Report of the veterinary officer investigating camel disease
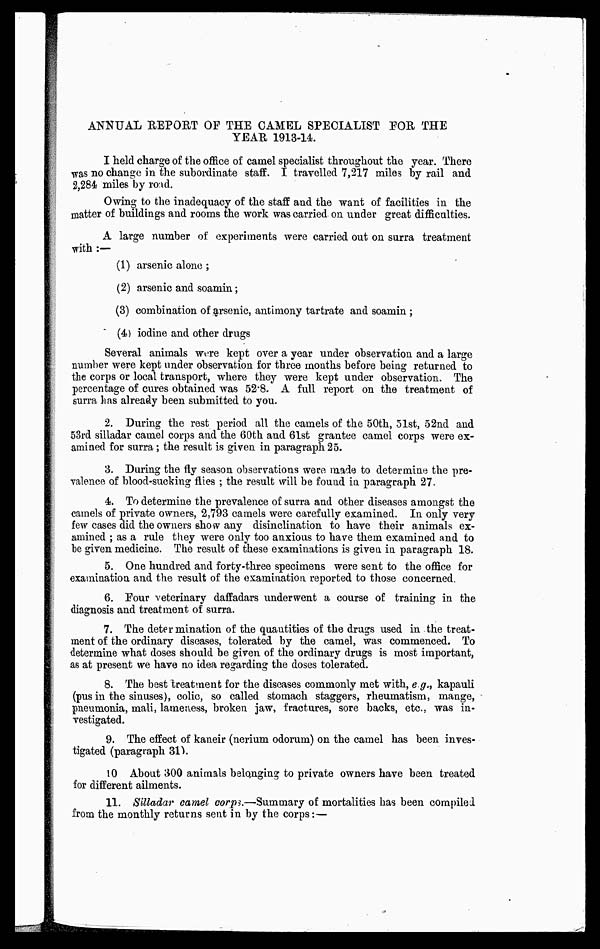
ANNUAL REPORT OP THE CAMEL SPECIALIST FOR, THE
YEAR 1913-14.
I held charge of the office of camel specialist throughout the year. There
was no change in the subordinate staff. I travelled 7,217 miles by rail and
2,284 miles by road.
Owing to the inadequacy of the staff and the want of facilities in the
matter of buildings and rooms the work was carried on under great difficulties.
A large number of experiments were carried out on surra treatment
with :—
(1) arsenic alone ;
(2) arsenic and soamin;
(3) combination of arsenic, antimony tartrate and soamin ;
(4) iodine and other drugs
Several animals were kept over a year under observation and a large
number were kept under observation for three months before being returned to
the corps or local transport, where they were kept under observation. The
percentage of cures obtained was 52.8. A full report on the treatment of
surra has already been submitted to you.
2. During the rest period all the camels of the 50th, 51st, 52nd and
53rd silladar camel corps and the 60th and 61st grantee camel corps were ex-
amined for surra; the result is given in paragraph 25.
3. During the fly season observations were made to determine the pre-
valence of blood-sucking flies ; the result will be found in paragraph 27.
4. To determine the prevalence of surra and other diseases amongst the
camels of private owners, 2,793 camels were carefully examined. In only very
few cases did the owners show any disinclination to have their animals ex-
amined ; as a rule they were only too anxious to have them examined and to
be given medicine. The result of these examinations is given in paragraph 18.
5. One hundred and forty-three specimens were sent to the office for
examination and the result of the examination reported to those concerned
6. Four veterinary daffadars underwent a course of training in the
diagnosis and treatment of surra.
7. The determination of the quantities of the drugs used in the treat-
ment of the ordinary diseases, tolerated by the camel, was commenced. To
determine what doses should be given of the ordinary drugs is most important,
as at present we have no idea regarding the doses tolerated.
8. The best treatment for the diseases commonly met with, e.g., kapauli
(pus in the sinuses), colic, so called stomach staggers, rheumatism, mange,
pneumonia, mali, lameness, broken jaw, fractures, sore backs, etc., was in-
vestigated.
9. The effect of kaneir (nerium odorum) on the camel has been inves-
tigated (paragraph 31).
10 About 300 animals belonging to private owners have been treated
for different ailments.
11. Silladar camel corps.—Summary of mortalities has been compiled
from the monthly returns sent in by the corns:—